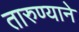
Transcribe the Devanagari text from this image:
तारुण्याने